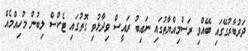
ދަރުބާރުގޭގައި ބޭއްވި ރަސްމިއްޔާތުގައި ނައިބު ރައީސް ވިދާޅުވި ގޮތުގައި ޓެކްސް ލިބުން މުހިއްމެއް